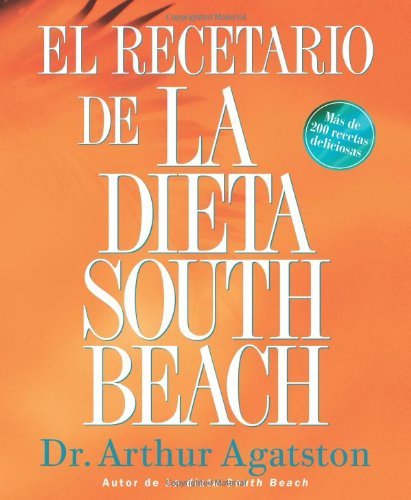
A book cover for El Recetario de La Dieta South Beach: More than 200 Delicious Recipes That Fit the Nation's Top Diet (The South Beach Diet) (Spanish Edition) [Paperback] [2005] (Author) Arthur Agatston; Health, Fitness & Dieting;